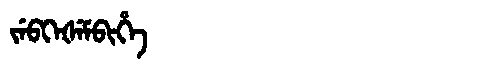
Manchu: ᠵᡝᠪᡴᡝᡧᡝᠮᠪᡳᡥᡝ
Romanization: JEBKEŠEMBIHE